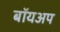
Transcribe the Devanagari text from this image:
बॉयअप